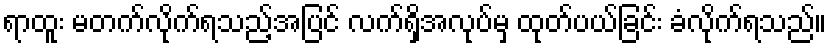
ရာထူး မတက်လိုက်ရသည့်အပြင် လက်ရှိအလုပ်မှ ထုတ်ပယ်ခြင်း ခံလိုက်ရသည်။